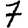
Digit: 7